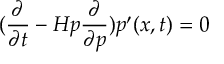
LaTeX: ( \frac { \partial } { \partial t } - H { p } \frac { \partial } { \partial p } ) { p ^ { \prime } } ( x , t ) = 0